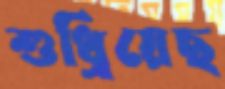
শুধ্‌রিয়েছ